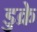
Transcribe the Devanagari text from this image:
डुक्रे